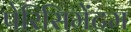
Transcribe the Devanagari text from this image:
पेरिसिमेंटम